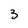
Character: 3